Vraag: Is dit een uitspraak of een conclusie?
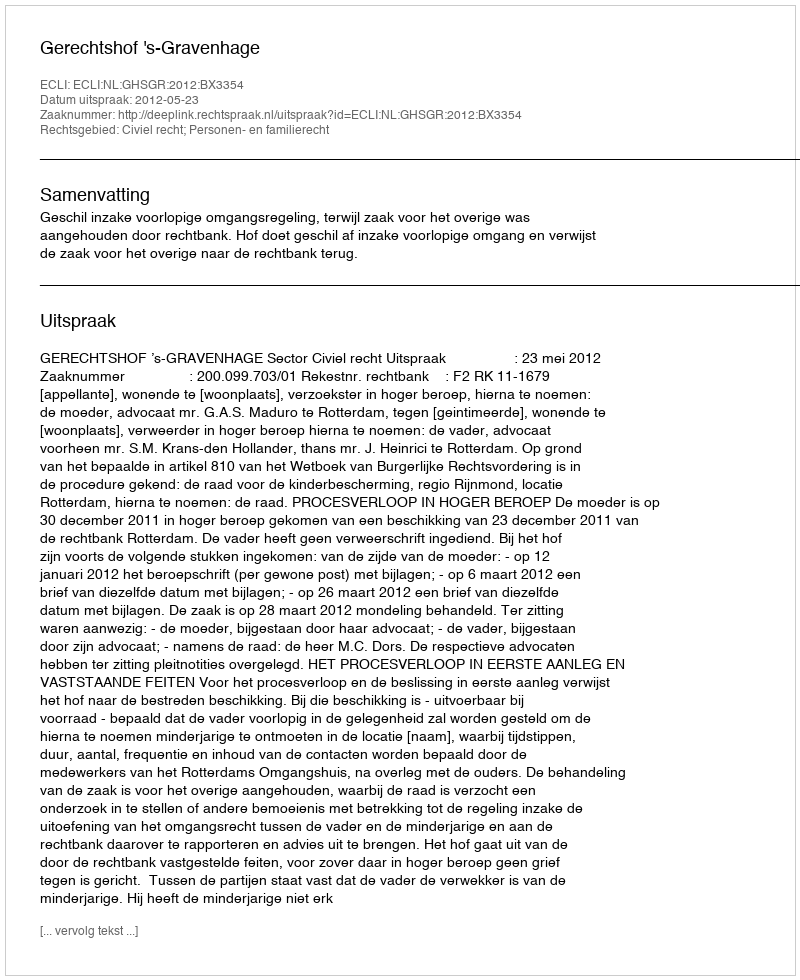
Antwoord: Uitspraak